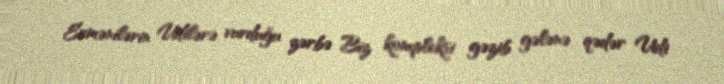
Ermənilərin Udilərə vurduğu zərbə Biz kompleksi gəzib gələnə qədər Udi